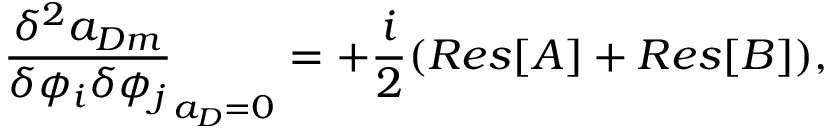
\frac { \delta ^ { 2 } a _ { D m } } { \delta \phi _ { i } \delta \phi _ { j } } _ { a _ { D } = 0 } = + \frac { i } { 2 } ( R e s [ A ] + R e s [ B ] ) ,